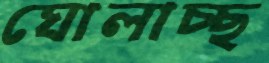
ঘোলাচ্ছ